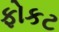
ફોકટ